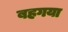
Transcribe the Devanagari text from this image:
बहगया